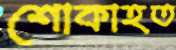
শোকাহত